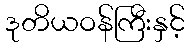
ဒုတိယဝန်ကြီးနှင့်